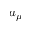
a _ { \mu }